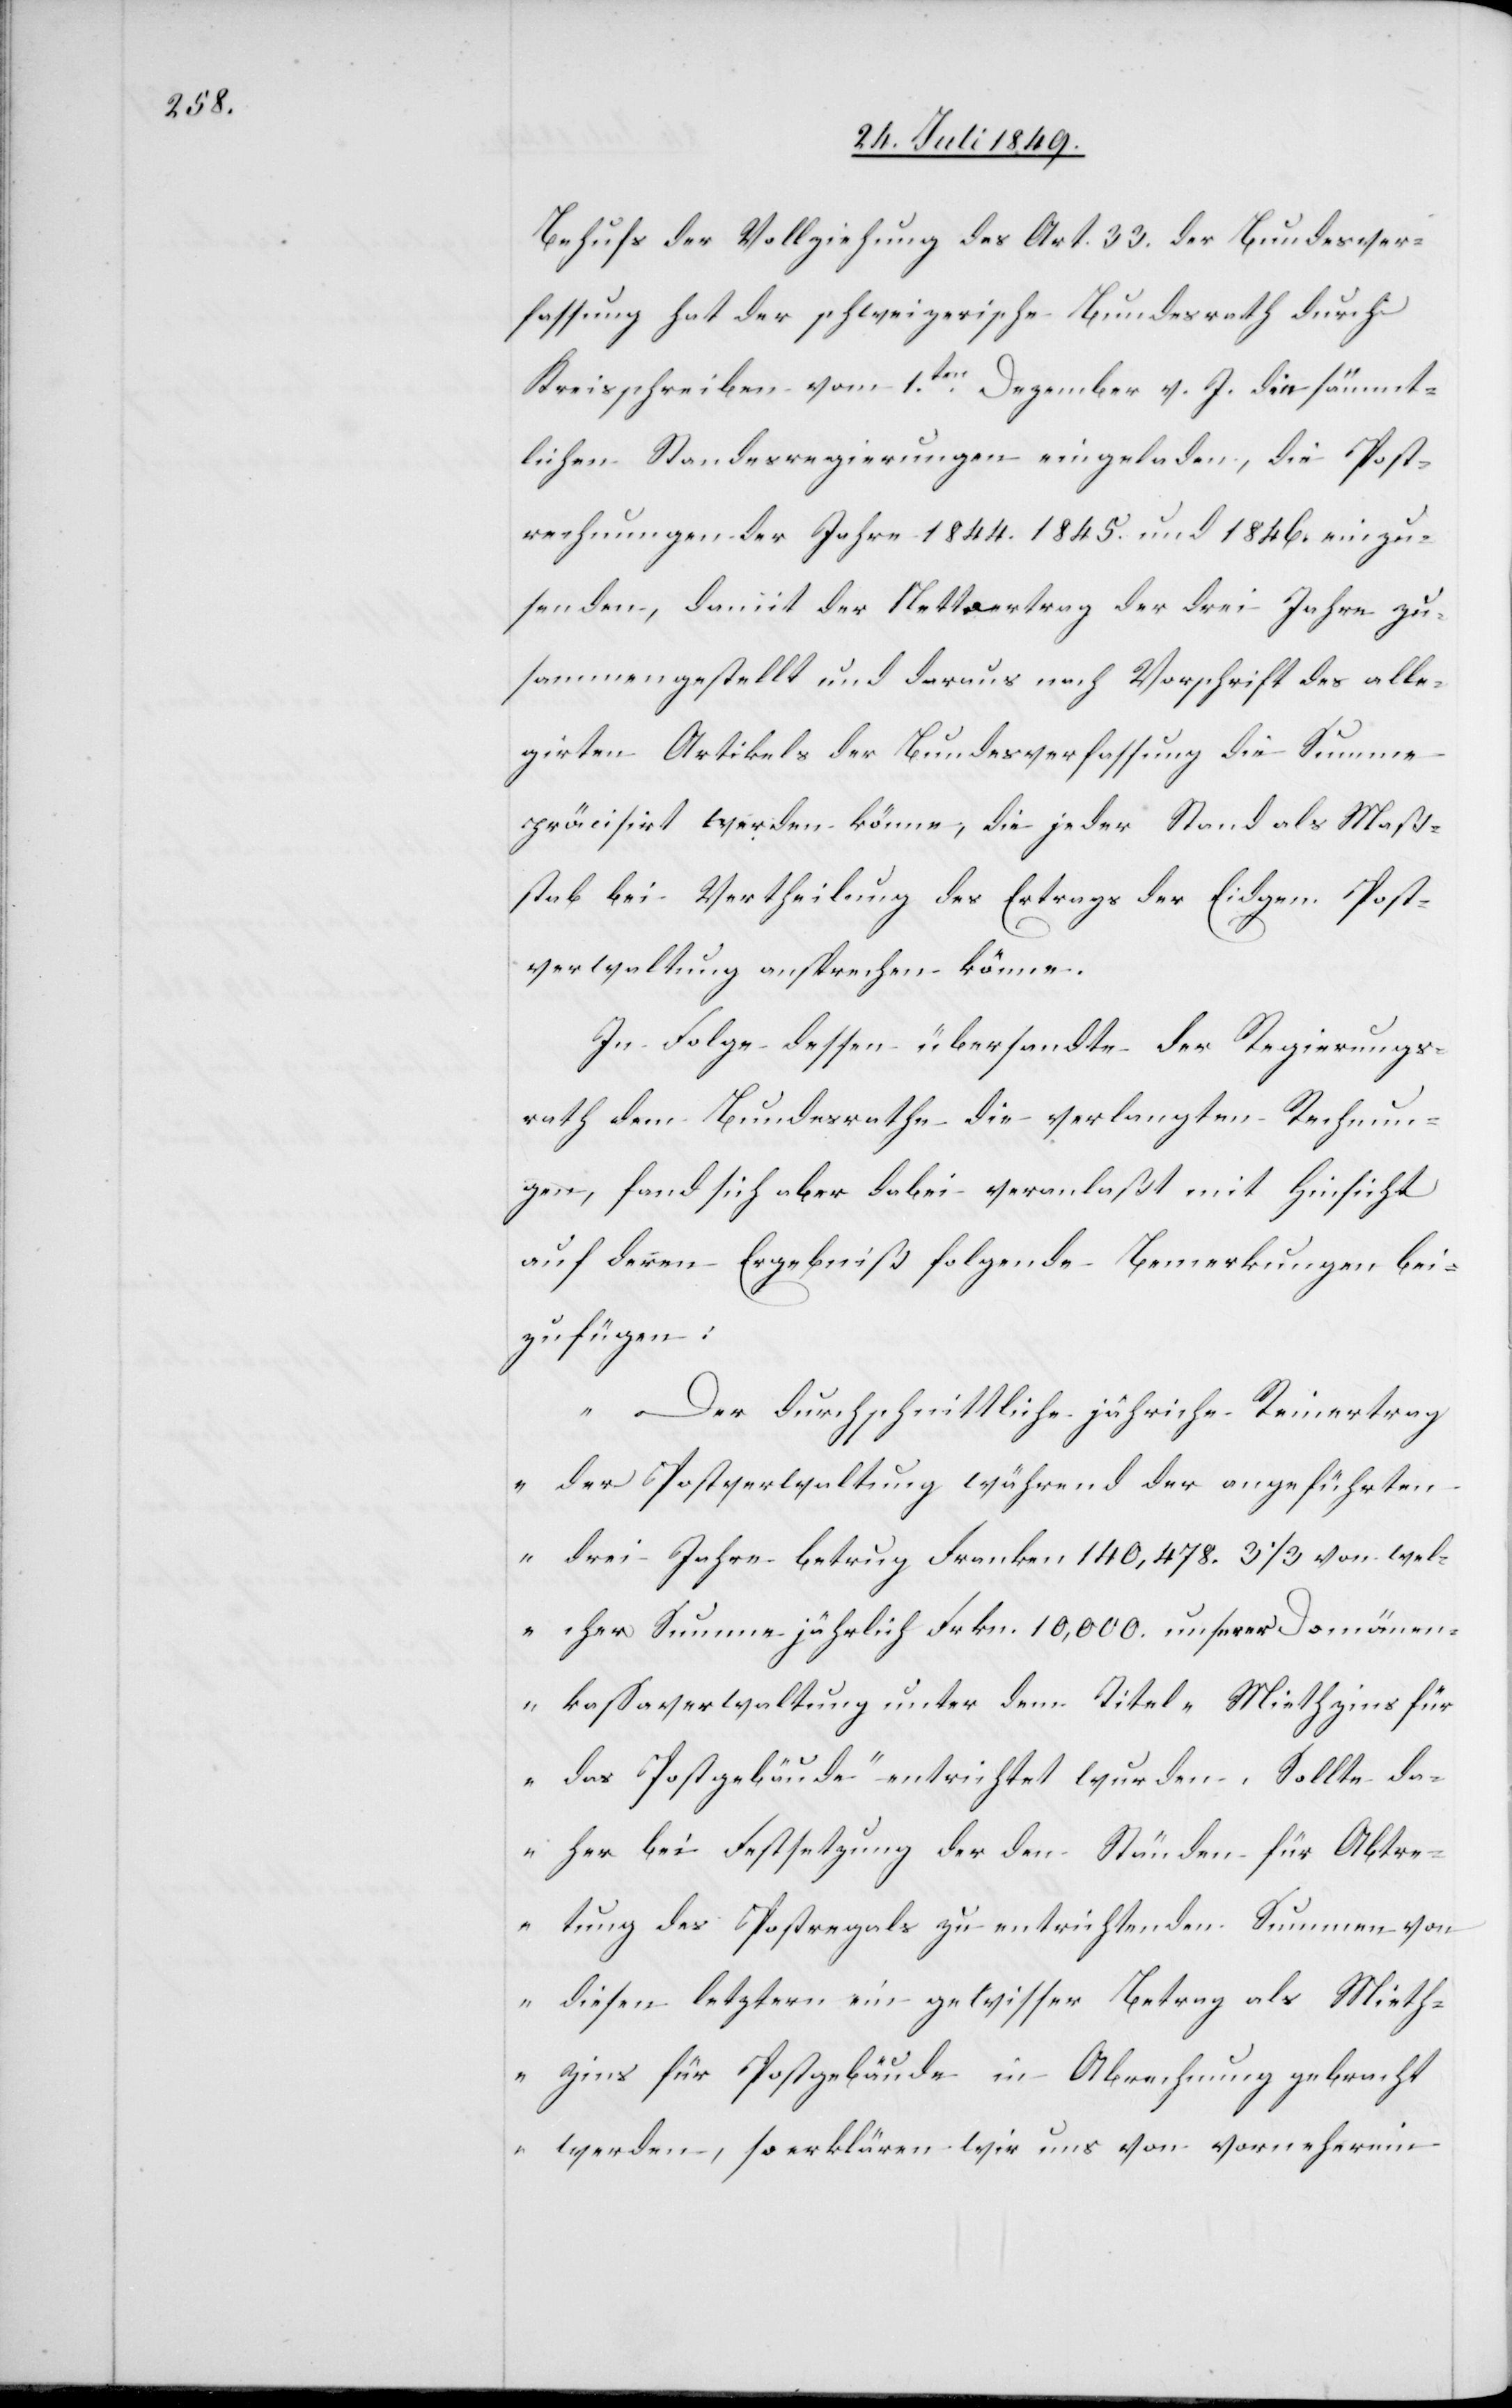
Behufs der Vollziehung des Art. 33. der Bundesver¬
fassung hat der schweizerische Bundesrath durch
Kreisschreiben vom 1ten Dezember v. J. die sämmt¬
lichen Standesregierungen eingeladen, die Post¬
rechnungen der Jahre 1844.[,] 1845. und 1846. einzu¬
senden, damit der Nettoertrag der drei Jahre zu¬
sammengestellt und daraus nach Vorschrift des alle¬
girten Artikels der Bundesverfassung die Summe
präcisirt werden könne, die jeder Stand als Maß¬
stab bei Vertheilung des Ertrags der Eidgen. Post¬
verwaltung ansprechen könne.
In Folge dessen übersandte der Regierungs¬
rath dem Bundesrathe die verlangten Rechnun¬
gen, fand sich aber dabei veranlaßt mit Hinsicht
auf deren Ergebniß folgende Bemerkungen bei¬
zufügen:
„Der durchschnittliche jähriche [sic!] Reinertrag
der Postverwaltung während der angeführten
drei Jahre betrug Franken 150,478. 3 1/3 von wel¬
cher Summe jährlich Frkn. 10,000. unserer Domänen¬
kassaverwaltung unter dem Titel „Miethzins für
das Postgebäude“ entrichtet wurden. Sollte da¬
her bei Festsetzung der den Ständen für Abtre¬
tung des Postregals zu entrichtenden Summen von
diesen letztern ein gewisser Betrag als Mieth¬
zins für Postgebäude in Abrechnung gebracht
werden, so erklären wir uns von vorneherein